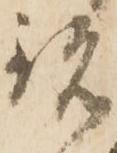
銘